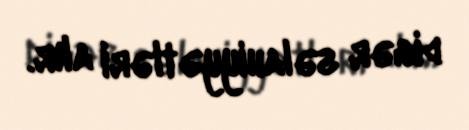
digər səlahiyyətləri alır.